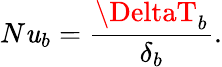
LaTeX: N\mathit{u}_{b}=\frac{{\DeltaT_{b}}}{{\delta_{b}}}.